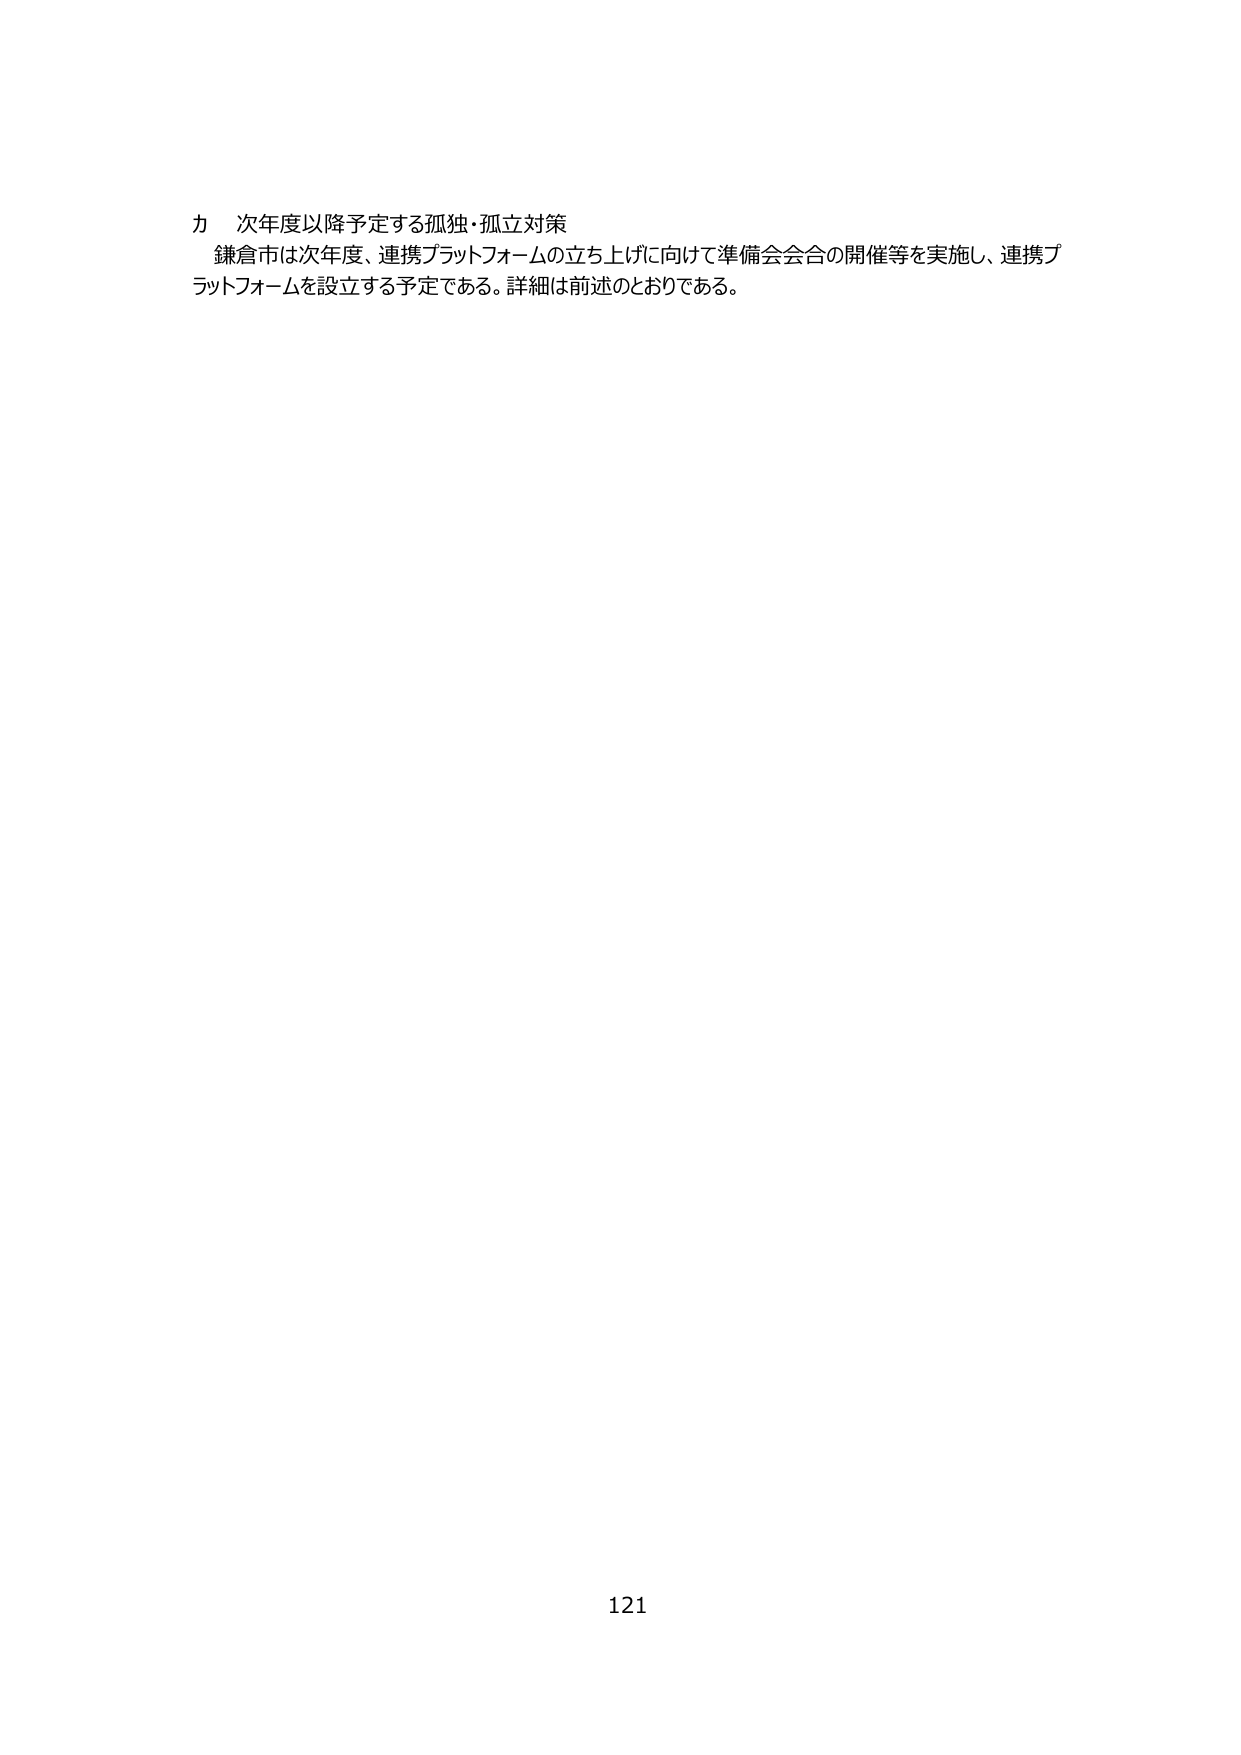
カ 次年度以降予定する孤独・孤立対策
鎌倉市は次年度、連携プラットフォームの立ち上げに向けて準備会会合の開催等を実施し、連携プラットフォームを設立する予定である。詳細は前述のとおりである。
121